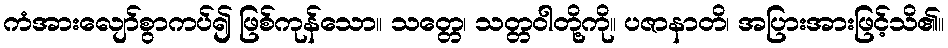
ကံအားလျော်စွာကပ်၍ ဖြစ်ကုန်သော။ သတ္တေ၊ သတ္တဝါတို့ကို။ ပဇာနာတိ၊ အပြားအားဖြင့်သိ၏။